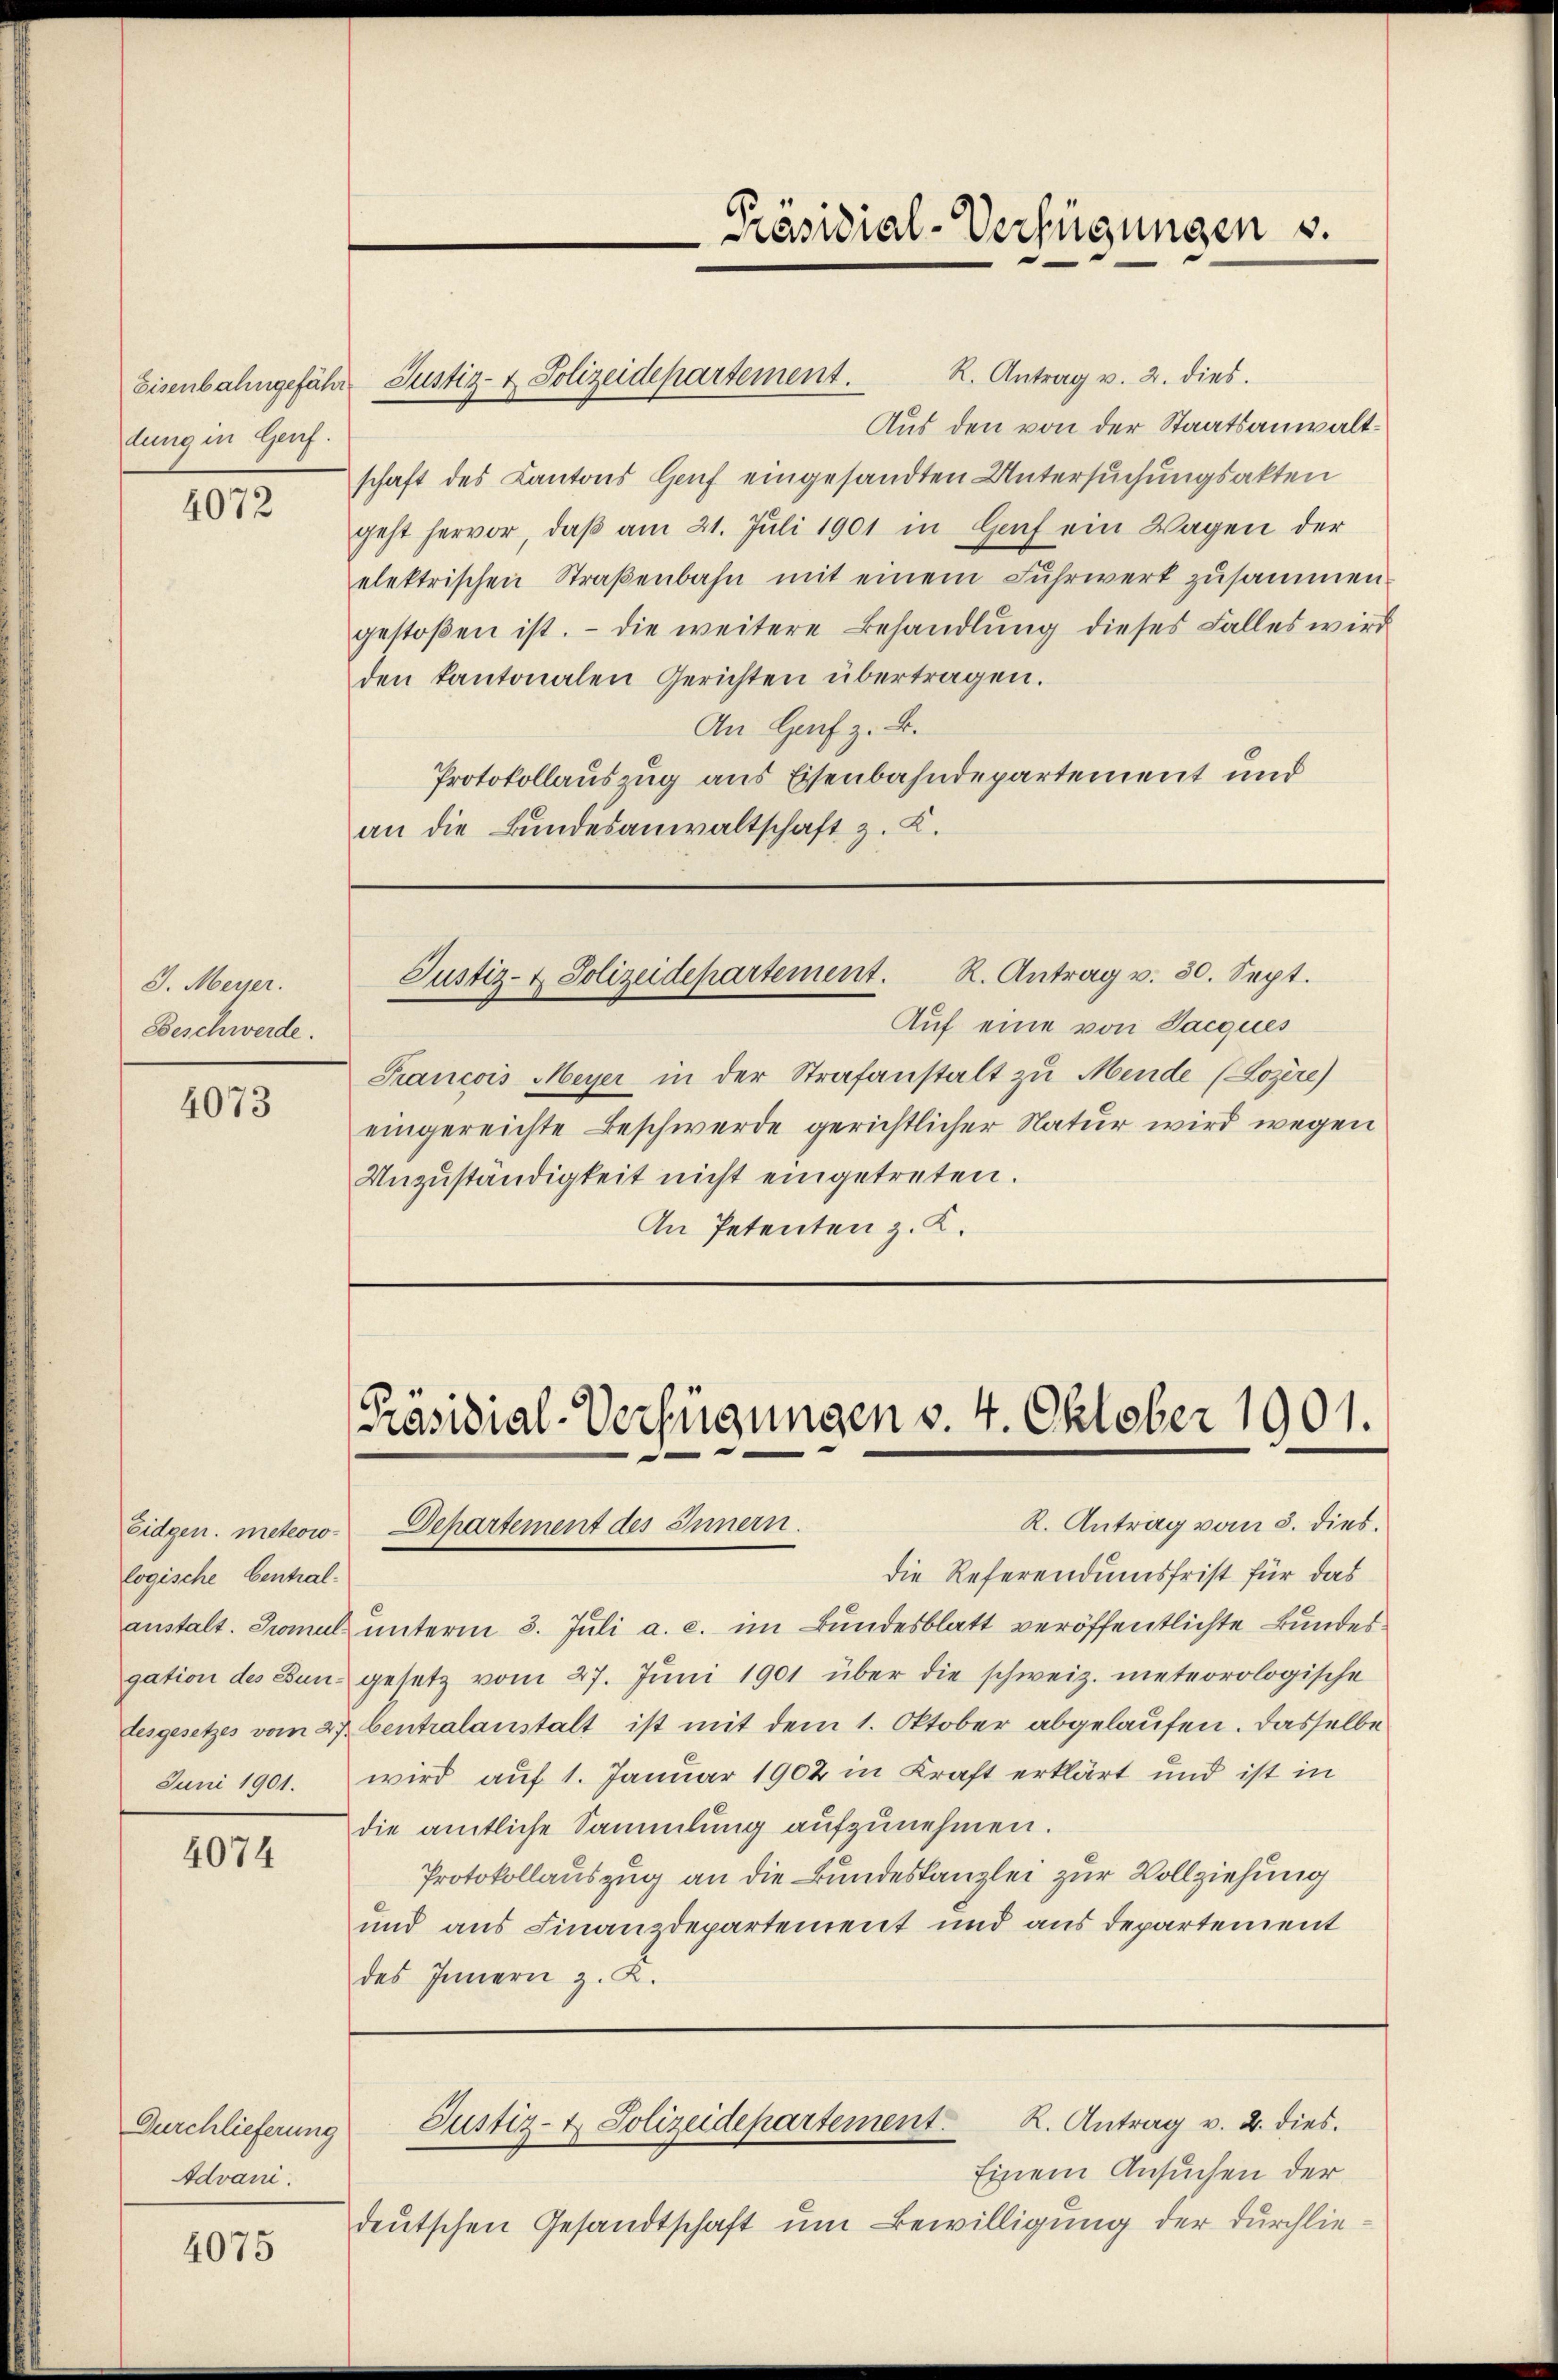
dung in Genf.

4072

J. Meyer.
Beschwerde.

4073

logische Central-
Juni 1901.

4074

Durchlieferung
Advani.

4075

R. Antrag v. 2. dies.
Eisenbahngefähr Justiz- & Polizeidepartement.
Aus den von der Staatsanwaltschaft des Kantons Genf eingesandten Untersuchungsakten
geht hervor, daβ am 21. Jŭli 1901 in Genf ein Wagen der
elektrischen Straβenbahn mit einem Fuhrwerk zusammen
gestoßen ist. - Die weitere Behandlung dieses Falles wird
den kantonalen Gerichten übertragen.
An Hof z. B.
Protokollauszug aus Eisenbahndepartement und
an die Bŭndesanwaltschaft z. K.

Präsidial-Verfügungen 3.

R. Antrag v. 80. Sept.
Justiz- & Polizeidepartement.

Auf eine von Sacques
Francois Meyer in der Strafanstalt zu Mende (Lozère)
eingereichte Beschwerde gerichtlicher Natur wird wegen
Unzŭständigkeit nicht eingetreten.
An Petenten z. K.

Präsidial-Verfügungen v. 4. Oktober 1901.
R. Antrag vom 3. dies.
Eidgen. meteow-Departement des Innern.

R. Antrag v. 2. dies.
Justiz- & Polizeidepartement.

die Referendumsfrist für das
anstalt. Tromal unterm 3. Juli a. c. im Bundesblatt veröffentlichte Bundesgation des Bun- gesetz vom 27. Jŭni 1901 über die schweiz. meteorologische
tesgesetzes vom 27. Centralanstalt ist mit dem 1. Oktober abgelaufen. Dasselbe
wird auf 1. Januar 1902 in Kraft erklärt und ist in
die amtliche Sammlung aufzunehmen.
Protokollauszug an die Bundeskanzlei zur Vollziehung
und aus Finanzdepartement und aus departement
des Innern z. K.

Einem Ansuchen der
deutschen Gesandtschaft um Bewilligung der Durchlie¬